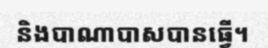
និងបាណាបាសបានធ្វើ។